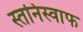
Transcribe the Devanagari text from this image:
स्तनिस्वाफ